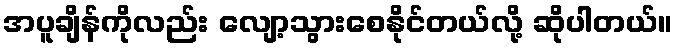
အပူချိန်ကိုလည်း လျော့သွားစေနိုင်တယ်လို့ ဆိုပါတယ်။